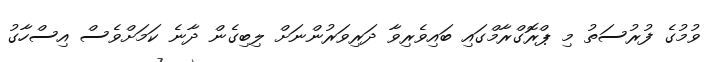
ވުމުގެ ފުރުސަތު މި ޕްރޮގްރާމްގައި ބައިވެރިވާ ދަރިވަރުންނަށް ލިބިގެން ދާނެ ކަމަށްވެސް އިސްހާގު